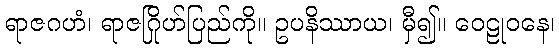
ရာဇဂဟံ၊ ရာဇဂြိုဟ်ပြည်ကို။ ဥပနိဿာယ၊ မှီ၍။ ဝေဠုဝနေ၊